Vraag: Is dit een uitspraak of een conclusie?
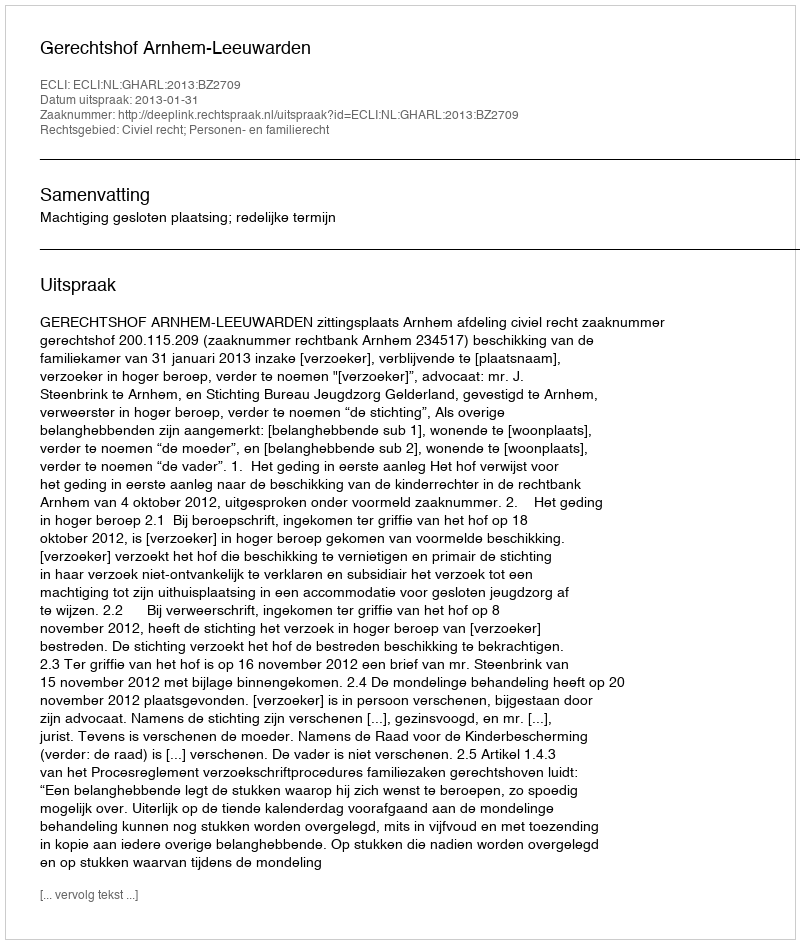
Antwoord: Uitspraak